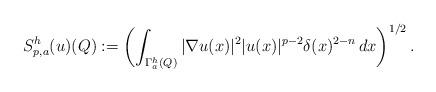
LaTeX: \begin{align*}S_{p,a}^{h}(u)(Q):=\left(\int_{\Gamma_{a}^{h}(Q)}|\nabla u(x)|^{2}|u(x)|^{p-2}\delta(x)^{2-n}\,dx\right)^{1/2}.\end{align*}